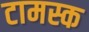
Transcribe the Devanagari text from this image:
टामस्क